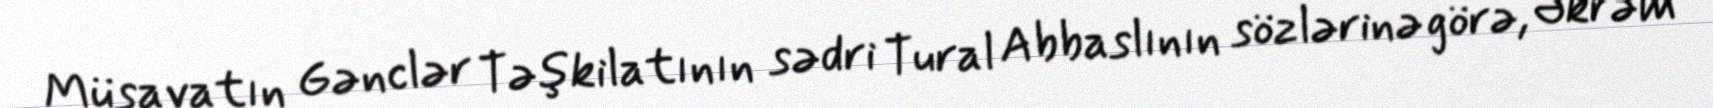
Müsavatın Gənclər Təşkilatının sədri Tural Abbaslının sözlərinə görə, Əkrəm